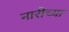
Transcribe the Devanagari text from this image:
नारीच्या